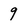
Character: 9